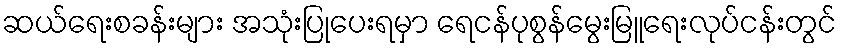
ဆယ်ရေးစခန်းများ အသုံးပြုပေးရမှာ ရေငန်ပုစွန်မွေးမြူရေးလုပ်ငန်းတွင်